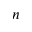
n